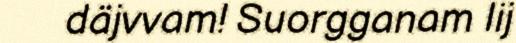
däjvvam! Suorgganam lij